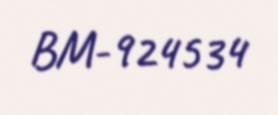
BM-924534